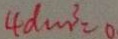
4 d m ^ { 3 } = 0